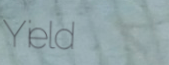
Yield